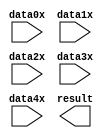
module paral_add (
		input  wire [15:0] data0x, //  parallel_add_input.data0x
		input  wire [15:0] data1x, //                    .data1x
		input  wire [15:0] data2x, //                    .data2x
		input  wire [15:0] data3x, //                    .data3x
		input  wire [15:0] data4x, //                    .data4x
		output wire [18:0] result  // parallel_add_output.result
	);
endmodule